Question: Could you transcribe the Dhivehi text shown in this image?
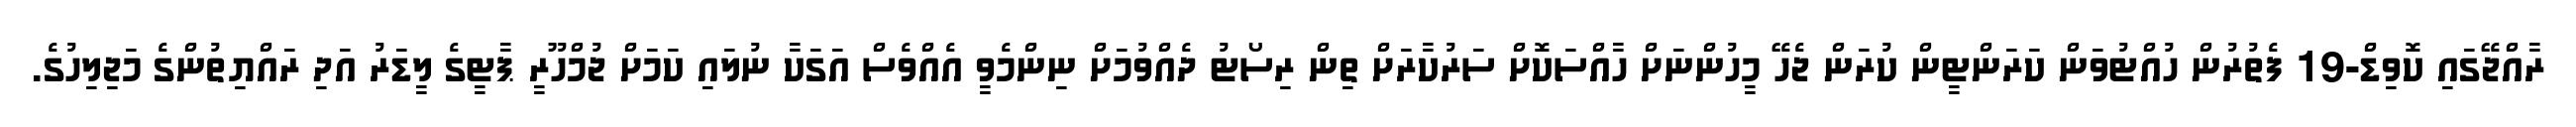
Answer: ރާއްޖޭގައި ކޮވިޑް-19 ފެތުރުން ހުއްޓުވަން ކަރަންޓީން ކުރަން ޖެހޭ މީހުންނަށް ހާއްސަކޮށް ސަރުކާރަށް ތިން ރިސޯޓު ދެއްވުމަށް ނިންމެވީ އެއްވެސް އަގަކާ ނުލައި ކަމަށް ޖުމްހޫރީ ޕާޓީގެ ލީޑަރު އަދި ރައްޔިތުންގެ މަޖިލިހުގެ.